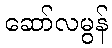
ဆော်လမွန်